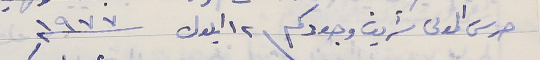
حرس المولى شريف وجودكم فى ١٢ ايلول سنة ١٩٧٧